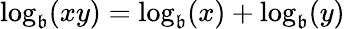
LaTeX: \log_{\mathfrak{b}}(xy)=\log_{\mathfrak{b}}(x)+\log_{\mathfrak{b}}(y)